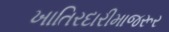
ખાતિરદારીમાજરૂર